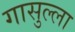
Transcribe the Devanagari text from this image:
गासुल्ला